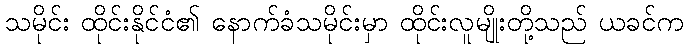
သမိုင်း ထိုင်းနိုင်ငံ၏ နောက်ခံသမိုင်းမှာ ထိုင်းလူမျိုးတို့သည် ယခင်က